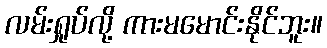
လမ်းရှုပ်လို့ ကားမမောင်းနိုင်ဘူး။